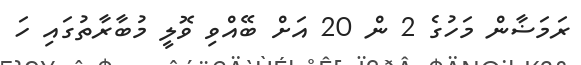
ރަމަޟާން މަހުގެ 2 ން 20 އަށް ބޭއްވި ވޮލީ މުބާރާތުގައި ހަ